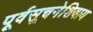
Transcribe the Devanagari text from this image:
पूर्वसूचनेशिवाय